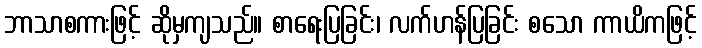
ဘာသာစကားဖြင့် ဆိုမှကျသည်။ စာရေးပြခြင်း၊ လက်ဟန်ပြခြင်း စသော ကာယိကဖြင့်